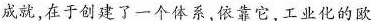
成就，在于创建了一个体系，依靠它，工业化的欧